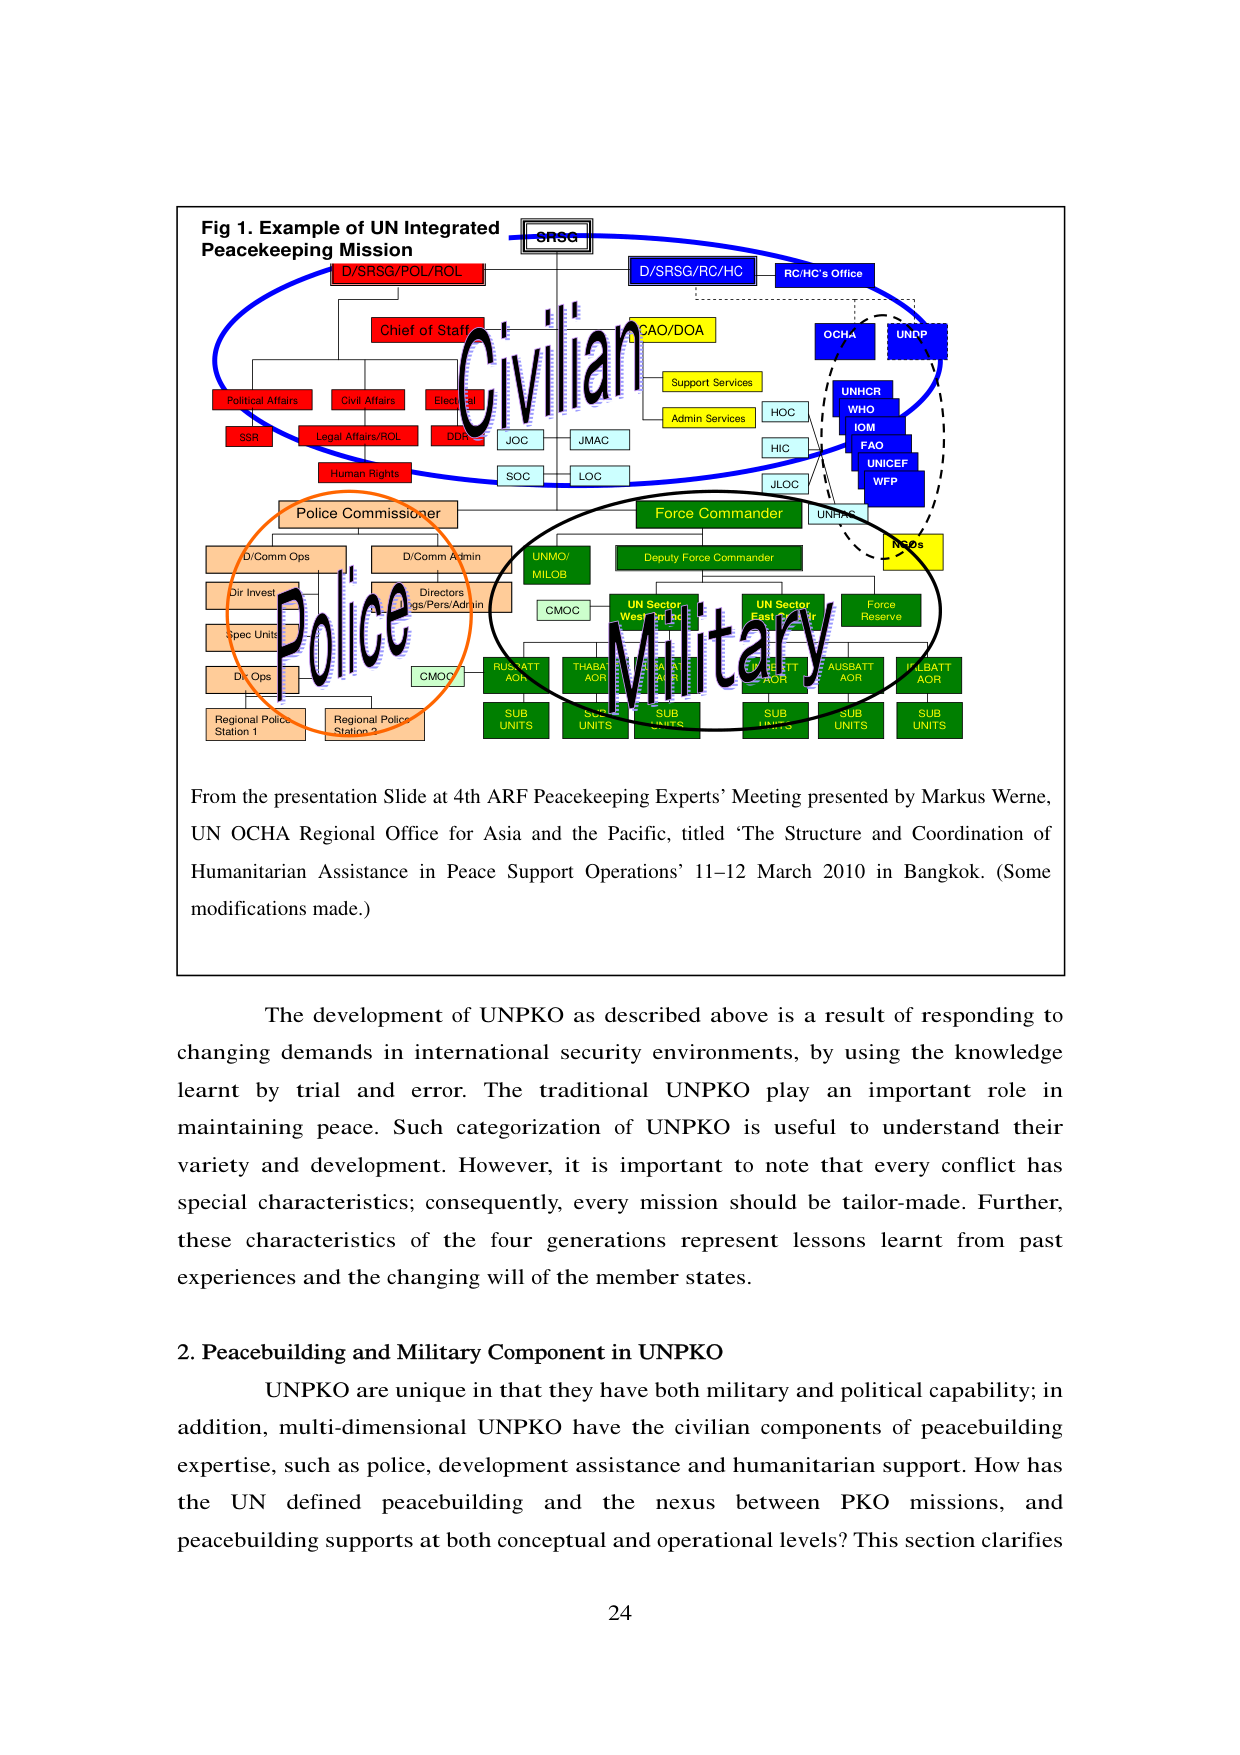
Fig 1. Example of UN Integrated Peacekeeping Mission
SRSG
D/SRSG/POL/ROL
D/SRSG/RC/HC
RC/HC’s Office
Chief of Staff
CAO/DOA
OCHA
UNDP
Political Affairs
Civil Affairs
Electoral
SSR
Legal Affairs/ROL
DDR
JOC
JMAC
SOC
LOC
Human Rights
Support Services
Admin Services
HOC
HIC
JLOC
UNHCR
WHO
IOM
FAO
UNICEF
WFP
Police Commissioner
Force Commander
D/Comm Ops
D/Comm Admin
UNMO/
MILOB
Deputy Force Commander
UN Sector
West
UN Sector
East
Force
Reserve
Dir Invest
Directors
Ops/Pers/Admin
CMOC
RUSATT
AOR
THAAT
AOR
SAA
AOR
ELETT
AOR
AUSBATT
AOR
KUBATT
AOR
Spec Units
Dr Ops
Regional Police
Station 1
Regional Police
Station 2
SUB
UNITS
SUB
UNITS
SUB
UNITS
SUB
UNITS
SUB
UNITS
SUB
UNITS
UNFPA
NGOs
Civilian
Police
Military

From the presentation Slide at 4th ARF Peacekeeping Experts’ Meeting presented by Markus Werne, UN OCHA Regional Office for Asia and the Pacific, titled ‘The Structure and Coordination of Humanitarian Assistance in Peace Support Operations’ 11–12 March 2010 in Bangkok. (Some modifications made.)

The development of UNPKO as described above is a result of responding to changing demands in international security environments, by using the knowledge learnt by trial and error. The traditional UNPKO play an important role in maintaining peace. Such categorization of UNPKO is useful to understand their variety and development. However, it is important to note that every conflict has special characteristics; consequently, every mission should be tailor-made. Further, these characteristics of the four generations represent lessons learnt from past experiences and the changing will of the member states.

2. Peacebuilding and Military Component in UNPKO
UNPKO are unique in that they have both military and political capability; in addition, multi-dimensional UNPKO have the civilian components of peacebuilding expertise, such as police, development assistance and humanitarian support. How has the UN defined peacebuilding and the nexus between PKO missions, and peacebuilding supports at both conceptual and operational levels? This section clarifies

24